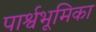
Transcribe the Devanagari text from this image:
पार्श्वभूमिका